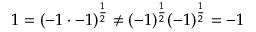
1 = ( - 1 \cdot - 1 ) ^ { \frac { 1 } { 2 } } \not = ( - 1 ) ^ { \frac { 1 } { 2 } } ( - 1 ) ^ { \frac { 1 } { 2 } } = - 1